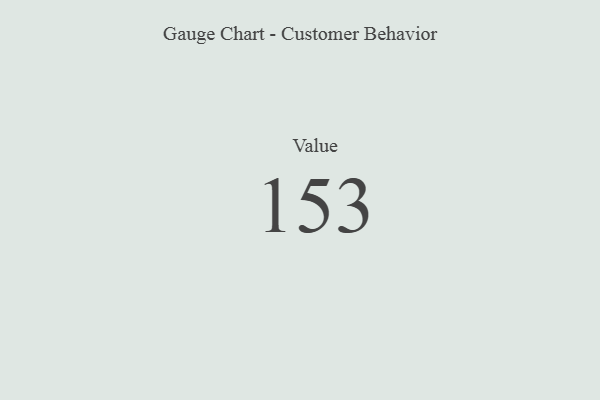
{"axis": {"x": "Metric", "y": "Value"}, "legend": [""], "data": [{"x": "Value", "y": 153, "type": ""}]}